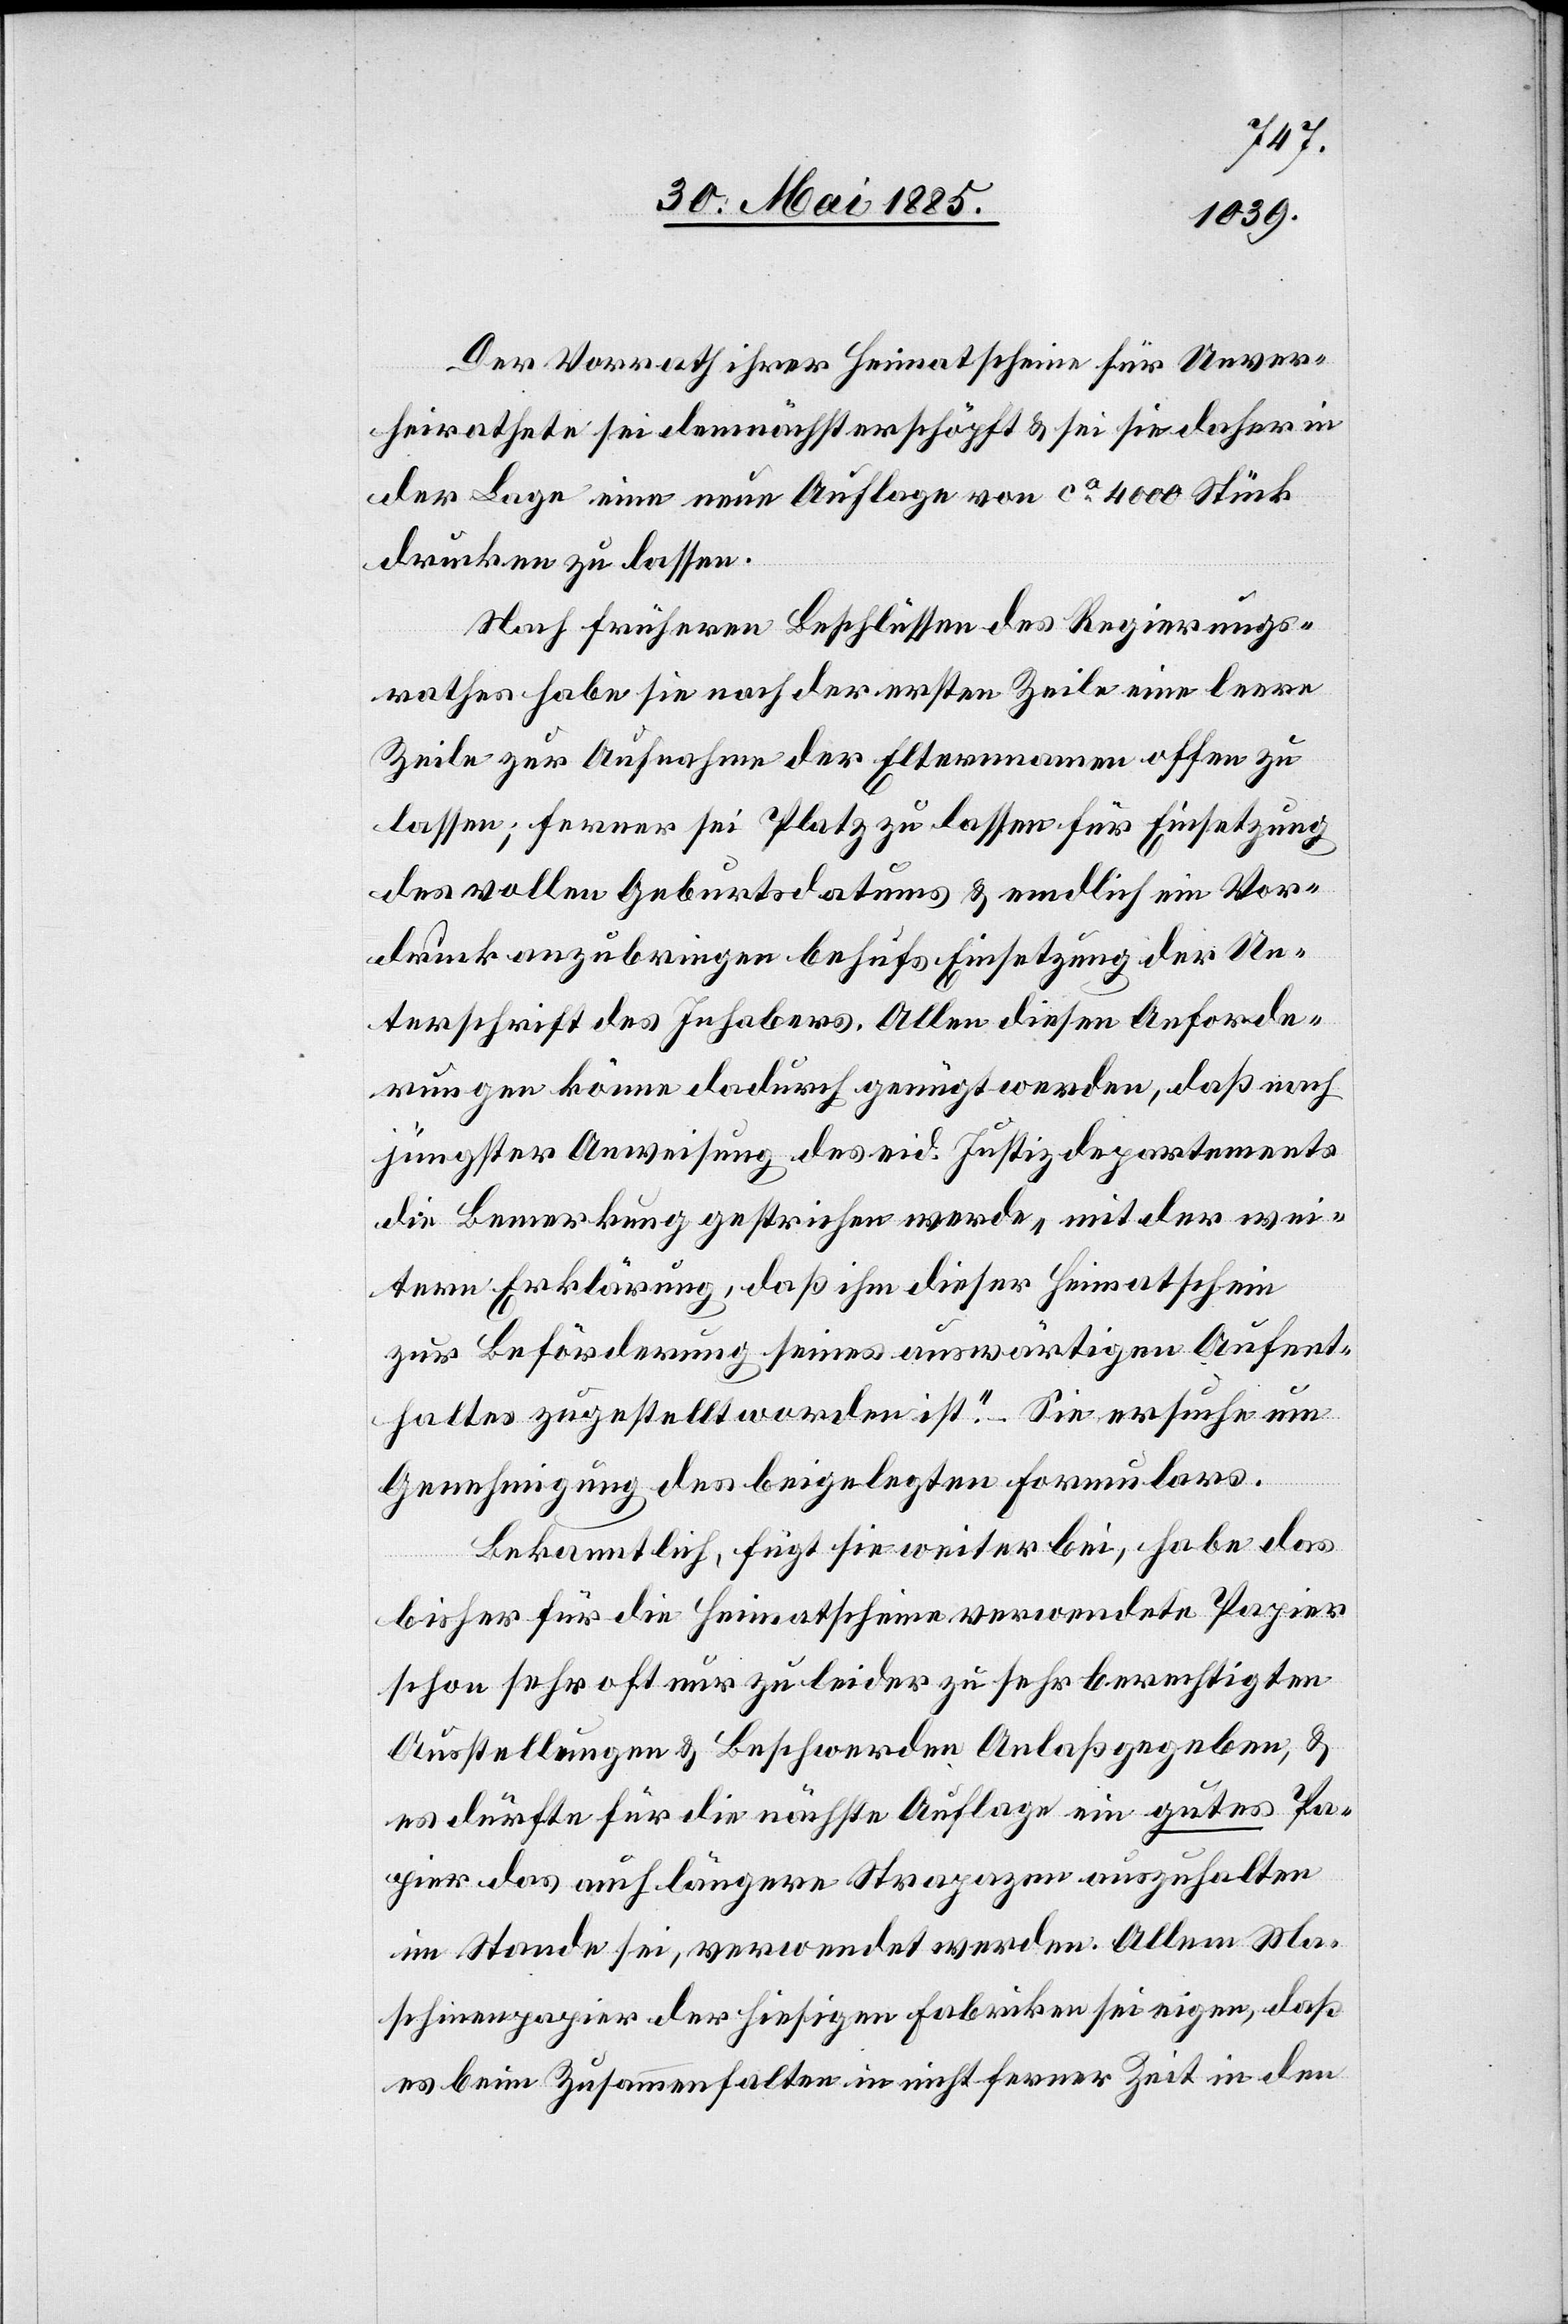
Der Vorrath ihrer Heimatscheine für Unver¬
heirathete sei demnächst erschöpft & sei sie daher in
der Lage eine neue Auflage von ca 4000 Stück
drucken zu lassen.
Nach früheren Beschlüssen des Regierungs¬
rathes habe sie nach der ersten Zeile eine leere
Zeile zur Aufnahme der Elternnamen offen zu
lassen; ferner sei Platz zu lassen für Einsetzung
des vollen Geburtsdatums & endlich ein Vor¬
druck anzubringen behufs Einsetzung der Un¬
terschrift des Inhabers. Allen diesen Anforde¬
rungen könne dadurch genügt werden, daß nach
jüngster Anweisung des eid. Justizdepartements
die Bemerkung gestrichen werde „mit der wei¬
tern Erklärung, daß ihm dieser Heimatschein
zur Beförderung seines auswärtigen Aufent¬
haltes zugestellt worden ist.“ – Sie ersuche um
Genehmigung des beigelegten Formulars.
Bekanntlich, fügt sie weiter bei, habe das
bisher für die Heimatscheine verwendete Papier
schon sehr oft nur zu leider zu sehr berechtigten
Ausstellungen & Beschwerden Anlaß gegeben, &
es dürfte für die nächste Auflage ein gutes Pa¬
pier das auch längere Strapazen auszuhalten
im Stande sei, verwendet werden. Allem Ma¬
schinenpapier der hiesigen Fabriken sei eigen, daß
es beim Zusammenfalten in nicht ferner Zeit in den